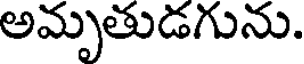
అమృతుడగును.